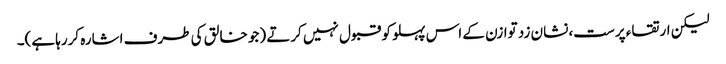
لیکن ارتقاء پرست، نشان زد توازن کے اس پہلو کو قبول نہیں کرتے (جو خالق کی طرف اشارہ کررہا ہے)۔